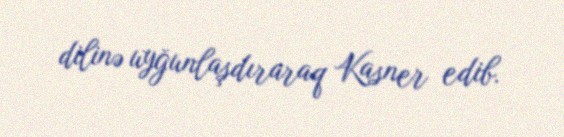
dilinə uyğunlaşdıraraq Kasner edib.